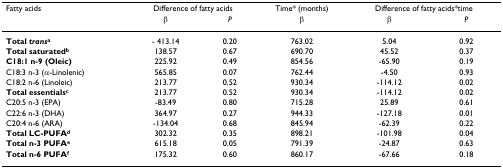
| Fatty acids | <COLSPAN=2> Difference of fatty acids | Time* (months) | <COLSPAN=2> Difference of fatty acids*time |
 |  | β | P | β | β | P |
 | --- | --- | --- | --- | --- | --- |
 | Total transa | - 413.14 | 0.20 | 763.02 | 5.04 | 0.92 |
 | Total saturatedb | 138.57 | 0.67 | 690.70 | 45.52 | 0.37 |
 | C18:1 n-9 (Oleic) | 225.92 | 0.49 | 854.56 | -65.90 | 0.19 |
 | C18:3 n-3 (α-Linolenic) | 565.85 | 0.07 | 762.44 | -4.50 | 0.93 |
 | C18:2 n-6 (Linoleic) | 213.77 | 0.52 | 930.34 | -114.12 | 0.02 |
 | Total essentialsc | 213.77 | 0.52 | 930.34 | -114.12 | 0.02 |
 | C20:5 n-3 (EPA) | -83.49 | 0.80 | 715.28 | 25.89 | 0.61 |
 | C22:6 n-3 (DHA) | 364.97 | 0.27 | 944.33 | -127.18 | 0.01 |
 | C20:4 n-6 (ARA) | -134.04 | 0.68 | 845.94 | -62.39 | 0.22 |
 | Total LC-PUFAd | 302.32 | 0.35 | 898.21 | -101.98 | 0.04 |
 | Total n-3 PUFAe | 615.18 | 0.05 | 791.39 | -24.87 | 0.63 |
 | Total n-6 PUFAf | 175.32 | 0.60 | 860.17 | -67.66 | 0.18 |